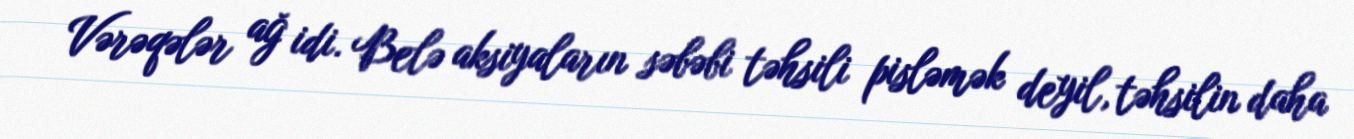
Vərəqələr ağ idi. Belə aksiyaların səbəbi təhsili pisləmək deyil, təhsilin daha